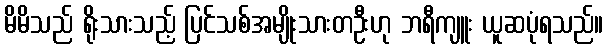
မိမိသည် ရိုးသားသည့် ပြင်သစ်အမျိုးသားတဦးဟု ဘရီကျူး ယူဆပုံရသည်။